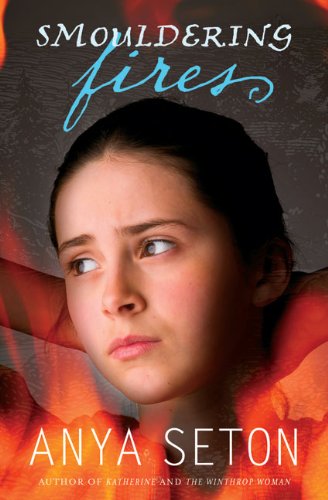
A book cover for Smouldering Fires (Rediscovered Classics); Anya Seton; Teen & Young Adult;